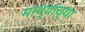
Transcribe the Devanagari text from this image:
माथ्यांच्या